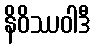
နိဝိဿဝါဒီ